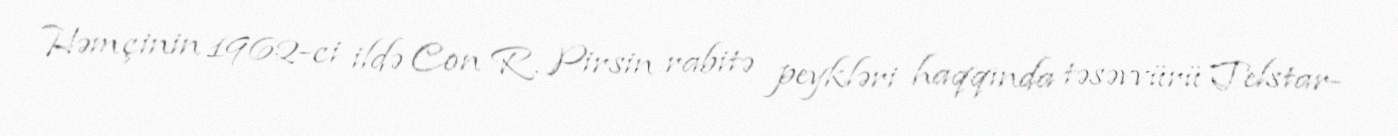
Həmçinin 1962-ci ildə Con R. Pirsin rabitə peykləri haqqında təsəvvürü Telstar-